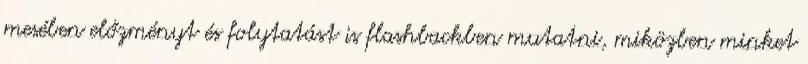
mesében előzményt és folytatást is flashbackben mutatni, miközben minket